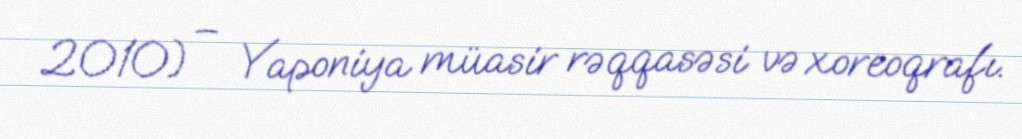
2010) – Yaponiya müasir rəqqasəsi və xoreoqrafı.